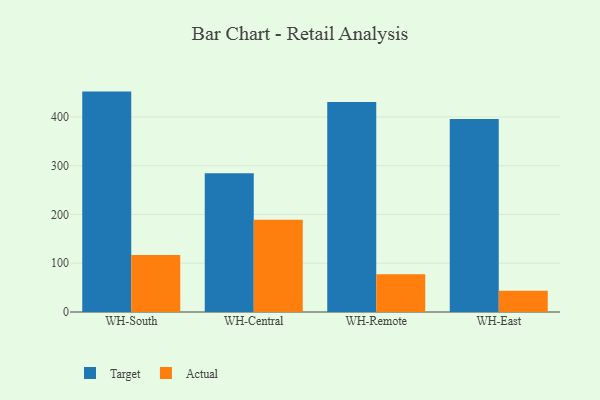
{"axis": {"x": "Warehouse", "y": "Latency (ms)"}, "legend": ["Actual", "Target"], "data": [{"x": "WH-South", "y": 451.9, "type": "Target"}, {"x": "WH-South", "y": 116.7, "type": "Actual"}, {"x": "WH-Central", "y": 284.5, "type": "Target"}, {"x": "WH-Central", "y": 189.3, "type": "Actual"}, {"x": "WH-Remote", "y": 430.7, "type": "Target"}, {"x": "WH-Remote", "y": 77.4, "type": "Actual"}, {"x": "WH-East", "y": 395.8, "type": "Target"}, {"x": "WH-East", "y": 43.7, "type": "Actual"}]}